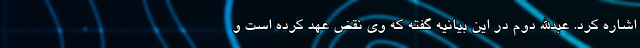
اشاره کرد. عبدالله دوم در این بیانیه گفته که وی نقض عهد کرده است و